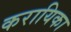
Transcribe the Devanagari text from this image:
करायिका